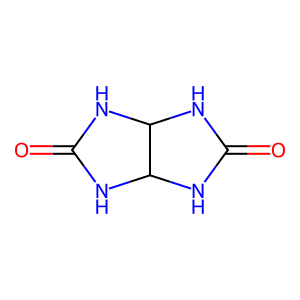
SMILES: O=C1NC2NC(=O)NC2N1
Inhibits HIV replication: No